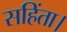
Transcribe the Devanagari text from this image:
सहिंता।